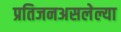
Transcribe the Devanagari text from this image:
प्रतिजनअसलेल्या